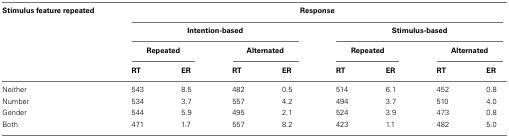
<table><thead><tr><td><b>Stimulus feature repeated</b></td><td colspan="8"><b>Response</b></td></tr><tr><td></td><td colspan="4"><b>Intention-based</b></td><td colspan="4"><b>Stimulus-based</b></td></tr><tr><td></td><td colspan="2"><b>Repeated</b></td><td colspan="2"><b>Alternated</b></td><td colspan="2"><b>Repeated</b></td><td colspan="2"><b>Alternated</b></td></tr><tr><td></td><td><b>RT</b></td><td><b>ER</b></td><td><b>RT</b></td><td><b>ER</b></td><td><b>RT</b></td><td><b>ER</b></td><td><b>RT</b></td><td><b>ER</b></td></tr></thead><tbody><tr><td>Neither</td><td>543</td><td>8.5</td><td>482</td><td>0.5</td><td>514</td><td>6.1</td><td>452</td><td>0.8</td></tr><tr><td>Number</td><td>534</td><td>3.7</td><td>557</td><td>4.2</td><td>494</td><td>3.7</td><td>510</td><td>4.0</td></tr><tr><td>Gender</td><td>544</td><td>5.9</td><td>495</td><td>2.1</td><td>524</td><td>3.9</td><td>473</td><td>0.8</td></tr><tr><td>Both</td><td>471</td><td>1.7</td><td>557</td><td>8.2</td><td>423</td><td>1.1</td><td>482</td><td>5.0</td></tr></tbody></table>